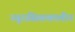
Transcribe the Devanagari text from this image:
ज्यूरासिककालीन